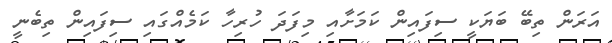
އަރަން ތިބޭ ބަޔަކީ ސިފައިން ކަމަށާއި މިފަދަ ހުރިހާ ކަމެއްގައި ސިފައިން ތިބެނީ